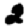
Digit: 2